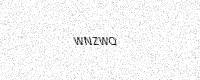
Text: WNZWQ